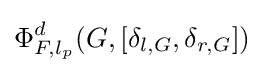
\Phi _{F,l_{p}}^{d}(G,[\delta _{l,G},\delta _{r,G}])